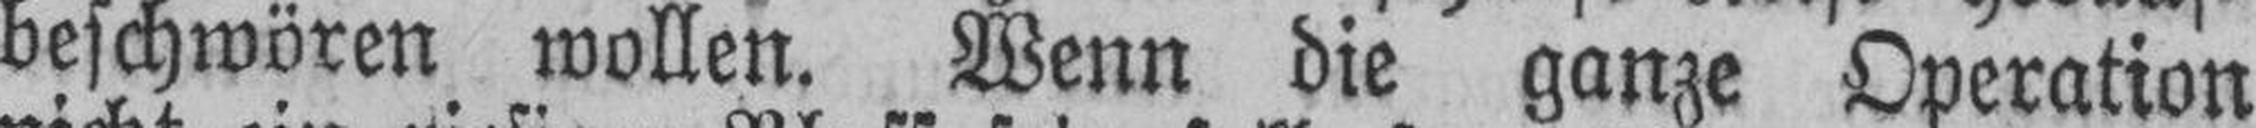
beschwören wollen. Wenn die ganze Operation